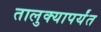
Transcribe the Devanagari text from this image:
तालुक्यापर्यंत